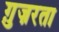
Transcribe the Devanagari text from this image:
ग़ुज़रता